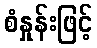
စံနှုန်းဖြင့်